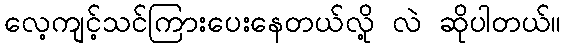
လေ့ကျင့်သင်ကြားပေးနေတယ်လို့ လဲ ဆိုပါတယ်။